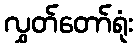
လွှတ်တော်ရုံး